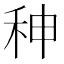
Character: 𥞁